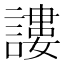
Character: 謱